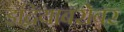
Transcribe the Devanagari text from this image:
इंद्रियाबरोबर